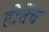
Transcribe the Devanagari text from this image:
होतेंच